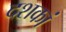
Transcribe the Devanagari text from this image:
दशकां